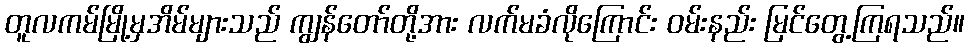
တူလကမ်မြို့မှအိမ်များသည် ကျွန်တော်တို့အား လက်မခံလိုကြောင်း ဝမ်းနည်း မြင်တွေ့ကြရသည်။